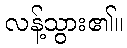
လန့်သွား၏။